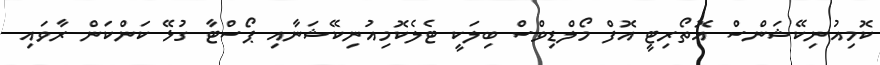
ކޮމިއުނިކޭޝަންސް އޮތޯރިޓީ އޮފް މޯލްޑިވްސް ބިލަކީ ޓެލެކޮމިއުނިކޭޝަނާއި ޕޯސްޓާ ގުޅޭ ކަންކަން ރާވައި